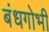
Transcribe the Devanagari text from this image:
बंधगोभी